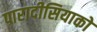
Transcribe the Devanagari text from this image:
पारादीसियाको